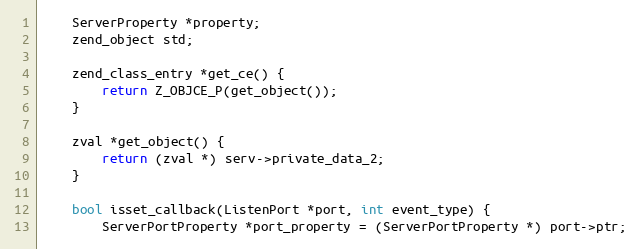
Language: C
    ServerProperty *property;
    zend_object std;

    zend_class_entry *get_ce() {
        return Z_OBJCE_P(get_object());
    }

    zval *get_object() {
        return (zval *) serv->private_data_2;
    }

    bool isset_callback(ListenPort *port, int event_type) {
        ServerPortProperty *port_property = (ServerPortProperty *) port->ptr;